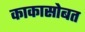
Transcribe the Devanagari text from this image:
काकासोबत